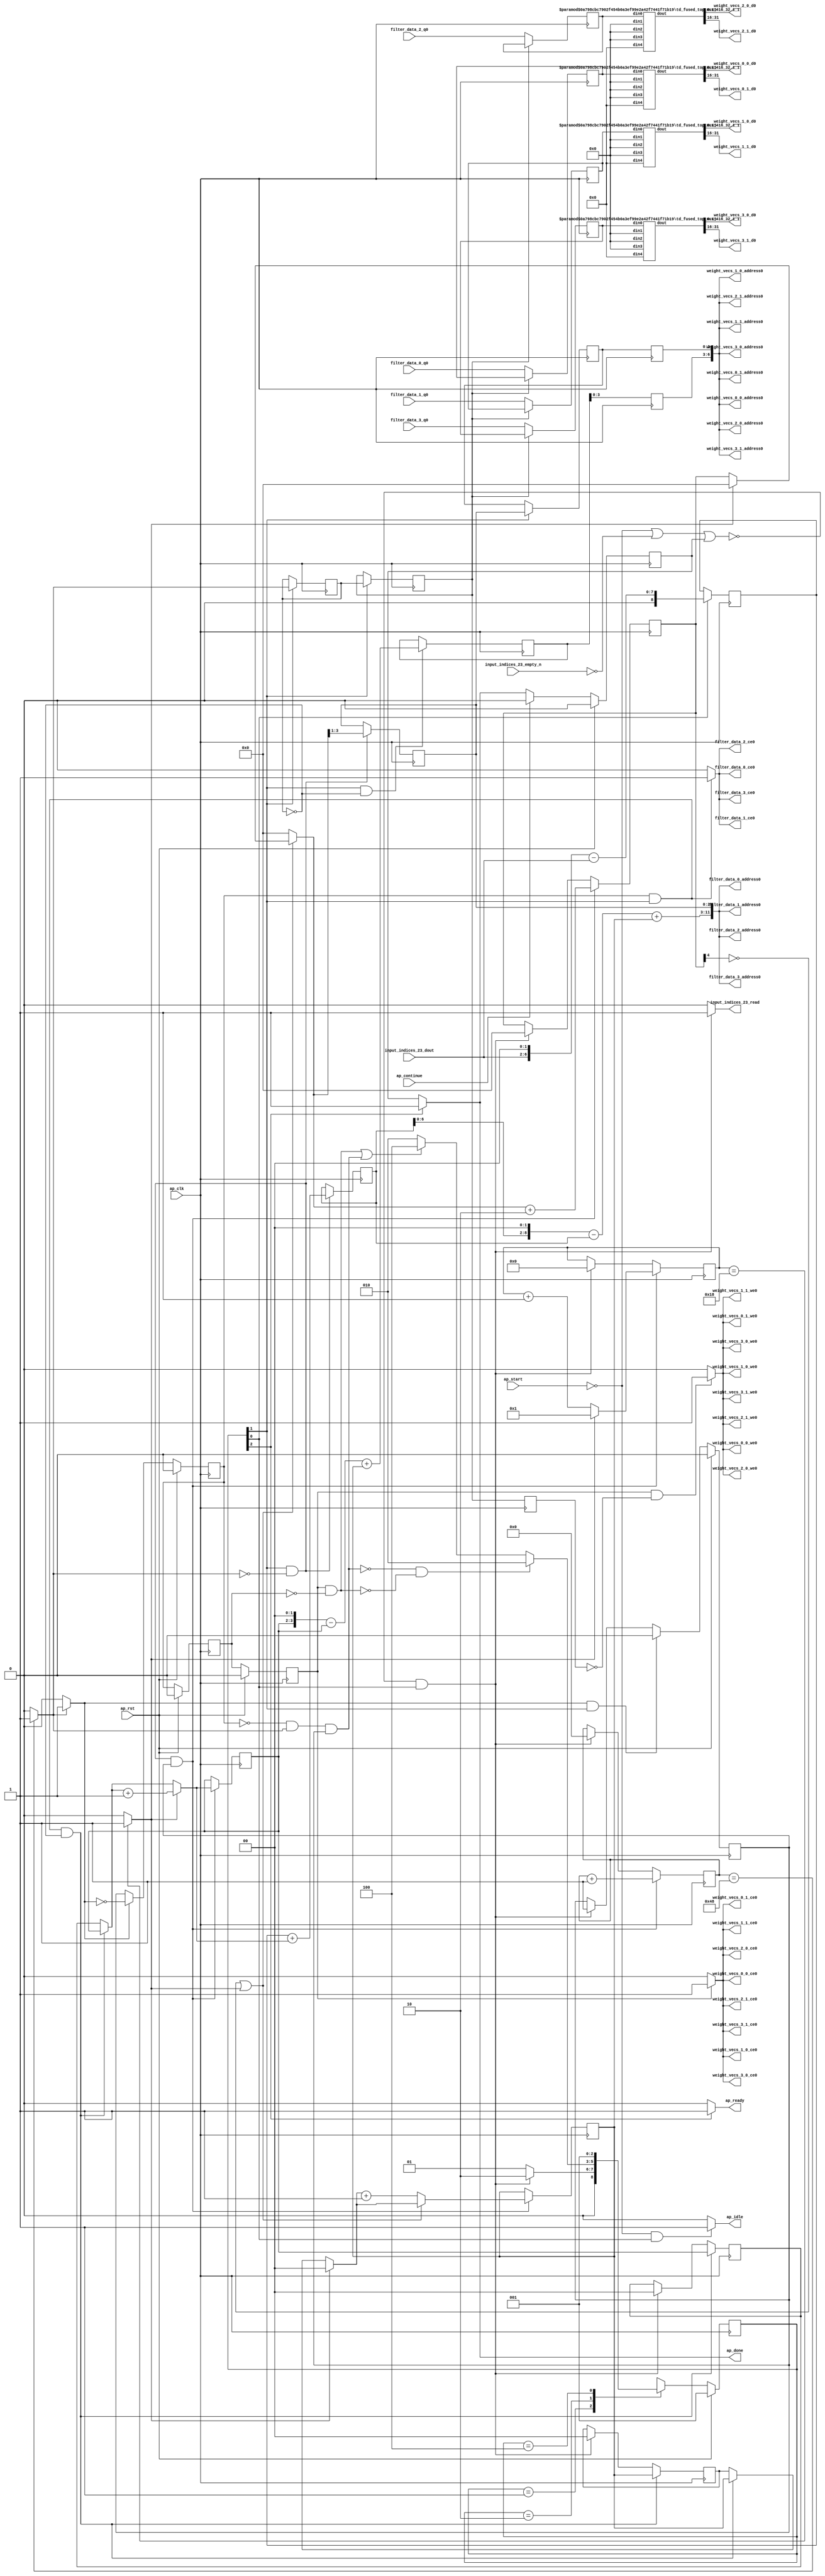
`define EXPONENT 5
`define MANTISSA 10
`define ACTUAL_MANTISSA 11
`define EXPONENT_LSB 10
`define EXPONENT_MSB 14
`define MANTISSA_LSB 0
`define MANTISSA_MSB 9
`define MANTISSA_MUL_SPLIT_LSB 3
`define MANTISSA_MUL_SPLIT_MSB 9
`define SIGN 1
`define SIGN_LOC 15
`define DWIDTH (`SIGN+`EXPONENT+`MANTISSA)
`define IEEE_COMPLIANCE 1

module td_fused_top_tdf5_readFilters41 (
        ap_clk,
        ap_rst,
        ap_start,
        ap_done,
        ap_continue,
        ap_idle,
        ap_ready,
        filter_data_0_address0,
        filter_data_0_ce0,
        filter_data_0_q0,
        filter_data_1_address0,
        filter_data_1_ce0,
        filter_data_1_q0,
        filter_data_2_address0,
        filter_data_2_ce0,
        filter_data_2_q0,
        filter_data_3_address0,
        filter_data_3_ce0,
        filter_data_3_q0,
        input_indices_23_dout,
        input_indices_23_empty_n,
        input_indices_23_read,
        weight_vecs_0_0_address0,
        weight_vecs_0_0_ce0,
        weight_vecs_0_0_we0,
        weight_vecs_0_0_d0,
        weight_vecs_0_1_address0,
        weight_vecs_0_1_ce0,
        weight_vecs_0_1_we0,
        weight_vecs_0_1_d0,
        weight_vecs_1_0_address0,
        weight_vecs_1_0_ce0,
        weight_vecs_1_0_we0,
        weight_vecs_1_0_d0,
        weight_vecs_1_1_address0,
        weight_vecs_1_1_ce0,
        weight_vecs_1_1_we0,
        weight_vecs_1_1_d0,
        weight_vecs_2_0_address0,
        weight_vecs_2_0_ce0,
        weight_vecs_2_0_we0,
        weight_vecs_2_0_d0,
        weight_vecs_2_1_address0,
        weight_vecs_2_1_ce0,
        weight_vecs_2_1_we0,
        weight_vecs_2_1_d0,
        weight_vecs_3_0_address0,
        weight_vecs_3_0_ce0,
        weight_vecs_3_0_we0,
        weight_vecs_3_0_d0,
        weight_vecs_3_1_address0,
        weight_vecs_3_1_ce0,
        weight_vecs_3_1_we0,
        weight_vecs_3_1_d0
);

parameter    ap_ST_fsm_state1 = 3'd1;
parameter    ap_ST_fsm_pp0_stage0 = 3'd2;
parameter    ap_ST_fsm_state6 = 3'd4;

input   ap_clk;
input   ap_rst;
input   ap_start;
output   ap_done;
input   ap_continue;
output   ap_idle;
output   ap_ready;
output  [11:0] filter_data_0_address0;
output   filter_data_0_ce0;
input  [31:0] filter_data_0_q0;
output  [11:0] filter_data_1_address0;
output   filter_data_1_ce0;
input  [31:0] filter_data_1_q0;
output  [11:0] filter_data_2_address0;
output   filter_data_2_ce0;
input  [31:0] filter_data_2_q0;
output  [11:0] filter_data_3_address0;
output   filter_data_3_ce0;
input  [31:0] filter_data_3_q0;
input  [4:0] input_indices_23_dout;
input   input_indices_23_empty_n;
output   input_indices_23_read;
output  [6:0] weight_vecs_0_0_address0;
output   weight_vecs_0_0_ce0;
output   weight_vecs_0_0_we0;
output  [15:0] weight_vecs_0_0_d0;
output  [6:0] weight_vecs_0_1_address0;
output   weight_vecs_0_1_ce0;
output   weight_vecs_0_1_we0;
output  [15:0] weight_vecs_0_1_d0;
output  [6:0] weight_vecs_1_0_address0;
output   weight_vecs_1_0_ce0;
output   weight_vecs_1_0_we0;
output  [15:0] weight_vecs_1_0_d0;
output  [6:0] weight_vecs_1_1_address0;
output   weight_vecs_1_1_ce0;
output   weight_vecs_1_1_we0;
output  [15:0] weight_vecs_1_1_d0;
output  [6:0] weight_vecs_2_0_address0;
output   weight_vecs_2_0_ce0;
output   weight_vecs_2_0_we0;
output  [15:0] weight_vecs_2_0_d0;
output  [6:0] weight_vecs_2_1_address0;
output   weight_vecs_2_1_ce0;
output   weight_vecs_2_1_we0;
output  [15:0] weight_vecs_2_1_d0;
output  [6:0] weight_vecs_3_0_address0;
output   weight_vecs_3_0_ce0;
output   weight_vecs_3_0_we0;
output  [15:0] weight_vecs_3_0_d0;
output  [6:0] weight_vecs_3_1_address0;
output   weight_vecs_3_1_ce0;
output   weight_vecs_3_1_we0;
output  [15:0] weight_vecs_3_1_d0;

reg ap_done;
reg ap_idle;
reg ap_ready;
reg filter_data_0_ce0;
reg filter_data_1_ce0;
reg filter_data_2_ce0;
reg filter_data_3_ce0;
reg input_indices_23_read;
reg weight_vecs_0_0_ce0;
reg weight_vecs_0_0_we0;
reg weight_vecs_0_1_ce0;
reg weight_vecs_0_1_we0;
reg weight_vecs_1_0_ce0;
reg weight_vecs_1_0_we0;
reg weight_vecs_1_1_ce0;
reg weight_vecs_1_1_we0;
reg weight_vecs_2_0_ce0;
reg weight_vecs_2_0_we0;
reg weight_vecs_2_1_ce0;
reg weight_vecs_2_1_we0;
reg weight_vecs_3_0_ce0;
reg weight_vecs_3_0_we0;
reg weight_vecs_3_1_ce0;
reg weight_vecs_3_1_we0;

reg    ap_done_reg;
  reg   [2:0] ap_CS_fsm;
wire    ap_CS_fsm_state1;
reg    input_indices_23_blk_n;
reg   [6:0] indvar_flatten13_reg_288;
reg   [1:0] ii_reg_299;
reg   [5:0] indvar_flatten_reg_310;
reg   [1:0] jj_reg_321;
reg   [4:0] kk_reg_332;
wire   [8:0] sext_ln47_fu_365_p1;
reg   [8:0] sext_ln47_reg_737;
wire   [6:0] add_ln47_3_fu_369_p2;
wire    ap_CS_fsm_pp0_stage0;
reg    ap_enable_reg_pp0_iter0;
wire    ap_block_state2_pp0_stage0_iter0;
wire    ap_block_state3_pp0_stage0_iter1;
wire    ap_block_state4_pp0_stage0_iter2;
wire    ap_block_state5_pp0_stage0_iter3;
wire    ap_block_pp0_stage0_11001;
wire   [0:0] icmp_ln47_fu_375_p2;
reg   [0:0] icmp_ln47_reg_747;
reg   [0:0] icmp_ln47_reg_747_pp0_iter1_reg;
reg   [0:0] icmp_ln47_reg_747_pp0_iter2_reg;
wire   [1:0] select_ln47_6_fu_409_p3;
reg   [1:0] select_ln47_6_reg_751;
wire   [8:0] add_ln55_fu_421_p2;
reg   [8:0] add_ln55_reg_758;
wire   [1:0] select_ln48_5_fu_460_p3;
reg   [1:0] select_ln48_5_reg_764;
reg   [2:0] lshr_ln_reg_771;
reg   [2:0] lshr_ln_reg_771_pp0_iter1_reg;
reg   [2:0] lshr_ln_reg_771_pp0_iter2_reg;
wire   [4:0] add_ln49_fu_478_p2;
wire   [5:0] select_ln48_6_fu_490_p3;
wire   [5:0] add_ln55_6_fu_554_p2;
reg   [5:0] add_ln55_6_reg_787;
reg   [5:0] add_ln55_6_reg_787_pp0_iter2_reg;
reg   [31:0] filter_data_0_load_reg_812;
reg   [31:0] filter_data_1_load_reg_817;
reg   [31:0] filter_data_2_load_reg_822;
reg   [31:0] filter_data_3_load_reg_827;
reg    ap_block_state1;
wire    ap_block_pp0_stage0_subdone;
reg    ap_condition_pp0_exit_iter0_state2;
reg    ap_enable_reg_pp0_iter1;
reg    ap_enable_reg_pp0_iter2;
reg    ap_enable_reg_pp0_iter3;
reg   [1:0] ap_phi_mux_ii_phi_fu_303_p4;
wire    ap_block_pp0_stage0;
reg   [1:0] ap_phi_mux_jj_phi_fu_325_p4;
wire   [63:0] tmp_27_fu_560_p3;
wire   [63:0] sext_ln55_6_fu_577_p1;
wire   [6:0] tmp_s_fu_347_p3;
wire   [7:0] zext_ln55_15_fu_355_p1;
wire   [7:0] zext_ln55_fu_343_p1;
wire   [7:0] sub_ln55_fu_359_p2;
wire   [0:0] icmp_ln48_fu_387_p2;
wire   [1:0] add_ln47_fu_381_p2;
wire   [8:0] zext_ln55_17_fu_417_p1;
wire   [0:0] tmp_41_fu_426_p3;
wire   [0:0] xor_ln49_fu_434_p2;
wire   [1:0] select_ln47_fu_393_p3;
wire   [0:0] or_ln47_fu_440_p2;
wire   [4:0] select_ln47_5_fu_401_p3;
wire   [1:0] add_ln48_fu_446_p2;
wire   [4:0] select_ln48_fu_452_p3;
wire   [5:0] add_ln48_3_fu_484_p2;
wire   [10:0] tmp_40_fu_504_p3;
wire   [60:0] sext_ln55_5_fu_511_p1;
wire   [60:0] sext_ln55_fu_501_p1;
wire   [3:0] tmp_26_fu_521_p3;
wire   [4:0] zext_ln55_18_fu_528_p1;
wire   [4:0] zext_ln55_16_fu_498_p1;
wire   [4:0] sub_ln55_6_fu_532_p2;
wire   [60:0] sub_ln55_5_fu_515_p2;
wire   [60:0] zext_ln55_20_fu_545_p1;
wire   [5:0] sext_ln48_fu_538_p1;
wire   [5:0] zext_ln55_19_fu_542_p1;
wire   [60:0] add_ln55_5_fu_548_p2;
wire   [8:0] tmp_42_fu_571_p3;
wire   [31:0] tmp_fu_589_p6;
wire   [15:0] trunc_ln55_fu_602_p1;
wire   [31:0] tmp_7_fu_611_p6;
wire   [15:0] trunc_ln55_7_fu_624_p1;
wire   [31:0] tmp_8_fu_633_p6;
wire   [15:0] trunc_ln55_8_fu_646_p1;
wire   [31:0] tmp_9_fu_655_p6;
wire   [15:0] trunc_ln55_9_fu_668_p1;
wire   [15:0] tmp_131_i_i_fu_677_p4;
wire   [15:0] tmp_133_i_i_fu_692_p4;
wire   [15:0] tmp_135_i_i_fu_707_p4;
wire   [15:0] tmp_137_i_i_fu_722_p4;
wire    ap_CS_fsm_state6;
reg   [2:0] ap_NS_fsm;
reg    ap_idle_pp0;
wire    ap_enable_pp0;
wire    ap_ce_reg;

// power-on initialization
initial begin
#0 ap_done_reg = 1'b0;
#0 ap_CS_fsm = 3'd1;
#0 ap_enable_reg_pp0_iter0 = 1'b0;
#0 ap_enable_reg_pp0_iter1 = 1'b0;
#0 ap_enable_reg_pp0_iter2 = 1'b0;
#0 ap_enable_reg_pp0_iter3 = 1'b0;
end

td_fused_top_mux_416_32_1_1 #(
    .ID( 1 ),
    .NUM_STAGE( 1 ),
    .din0_WIDTH( 32 ),
    .din1_WIDTH( 32 ),
    .din2_WIDTH( 32 ),
    .din3_WIDTH( 32 ),
    .din4_WIDTH( 16 ),
    .dout_WIDTH( 32 ))
mux_416_32_1_1_U735(
    .din0(filter_data_0_load_reg_812),
    .din1(32'd0),
    .din2(32'd0),
    .din3(32'd0),
    .din4(16'd0),
    .dout(tmp_fu_589_p6)
);

td_fused_top_mux_416_32_1_1 #(
    .ID( 1 ),
    .NUM_STAGE( 1 ),
    .din0_WIDTH( 32 ),
    .din1_WIDTH( 32 ),
    .din2_WIDTH( 32 ),
    .din3_WIDTH( 32 ),
    .din4_WIDTH( 16 ),
    .dout_WIDTH( 32 ))
mux_416_32_1_1_U736(
    .din0(filter_data_1_load_reg_817),
    .din1(32'd0),
    .din2(32'd0),
    .din3(32'd0),
    .din4(16'd0),
    .dout(tmp_7_fu_611_p6)
);

td_fused_top_mux_416_32_1_1 #(
    .ID( 1 ),
    .NUM_STAGE( 1 ),
    .din0_WIDTH( 32 ),
    .din1_WIDTH( 32 ),
    .din2_WIDTH( 32 ),
    .din3_WIDTH( 32 ),
    .din4_WIDTH( 16 ),
    .dout_WIDTH( 32 ))
mux_416_32_1_1_U737(
    .din0(filter_data_2_load_reg_822),
    .din1(32'd0),
    .din2(32'd0),
    .din3(32'd0),
    .din4(16'd0),
    .dout(tmp_8_fu_633_p6)
);

td_fused_top_mux_416_32_1_1 #(
    .ID( 1 ),
    .NUM_STAGE( 1 ),
    .din0_WIDTH( 32 ),
    .din1_WIDTH( 32 ),
    .din2_WIDTH( 32 ),
    .din3_WIDTH( 32 ),
    .din4_WIDTH( 16 ),
    .dout_WIDTH( 32 ))
mux_416_32_1_1_U738(
    .din0(filter_data_3_load_reg_827),
    .din1(32'd0),
    .din2(32'd0),
    .din3(32'd0),
    .din4(16'd0),
    .dout(tmp_9_fu_655_p6)
);

always @ (posedge ap_clk) begin
    if (ap_rst == 1'b1) begin
        ap_CS_fsm <= ap_ST_fsm_state1;
    end else begin
        ap_CS_fsm <= ap_NS_fsm;
    end
end

always @ (posedge ap_clk) begin
    if (ap_rst == 1'b1) begin
        ap_done_reg <= 1'b0;
    end else begin
        if ((ap_continue == 1'b1)) begin
            ap_done_reg <= 1'b0;
        end else if ((1'b1 == ap_CS_fsm_state6)) begin
            ap_done_reg <= 1'b1;
        end
    end
end

always @ (posedge ap_clk) begin
    if (ap_rst == 1'b1) begin
        ap_enable_reg_pp0_iter0 <= 1'b0;
    end else begin
        if (((1'b1 == ap_condition_pp0_exit_iter0_state2) & (1'b1 == ap_CS_fsm_pp0_stage0) & (1'b0 == ap_block_pp0_stage0_subdone))) begin
            ap_enable_reg_pp0_iter0 <= 1'b0;
        end else if ((~((ap_start == 1'b0) | (input_indices_23_empty_n == 1'b0) | (ap_done_reg == 1'b1)) & (1'b1 == ap_CS_fsm_state1))) begin
            ap_enable_reg_pp0_iter0 <= 1'b1;
        end
    end
end

always @ (posedge ap_clk) begin
    if (ap_rst == 1'b1) begin
        ap_enable_reg_pp0_iter1 <= 1'b0;
    end else begin
        if ((1'b0 == ap_block_pp0_stage0_subdone)) begin
            if ((1'b1 == ap_condition_pp0_exit_iter0_state2)) begin
                ap_enable_reg_pp0_iter1 <= (1'b1 ^ ap_condition_pp0_exit_iter0_state2);
            end else if ((1'b1 == 1'b1)) begin
                ap_enable_reg_pp0_iter1 <= ap_enable_reg_pp0_iter0;
            end
        end
    end
end

always @ (posedge ap_clk) begin
    if (ap_rst == 1'b1) begin
        ap_enable_reg_pp0_iter2 <= 1'b0;
    end else begin
        if ((1'b0 == ap_block_pp0_stage0_subdone)) begin
            ap_enable_reg_pp0_iter2 <= ap_enable_reg_pp0_iter1;
        end
    end
end

always @ (posedge ap_clk) begin
    if (ap_rst == 1'b1) begin
        ap_enable_reg_pp0_iter3 <= 1'b0;
    end else begin
        if ((1'b0 == ap_block_pp0_stage0_subdone)) begin
            ap_enable_reg_pp0_iter3 <= ap_enable_reg_pp0_iter2;
        end else if ((~((ap_start == 1'b0) | (input_indices_23_empty_n == 1'b0) | (ap_done_reg == 1'b1)) & (1'b1 == ap_CS_fsm_state1))) begin
            ap_enable_reg_pp0_iter3 <= 1'b0;
        end
    end
end

always @ (posedge ap_clk) begin
    if (((ap_enable_reg_pp0_iter1 == 1'b1) & (1'b1 == ap_CS_fsm_pp0_stage0) & (icmp_ln47_reg_747 == 1'd0) & (1'b0 == ap_block_pp0_stage0_11001))) begin
        ii_reg_299 <= select_ln47_6_reg_751;
    end else if ((~((ap_start == 1'b0) | (input_indices_23_empty_n == 1'b0) | (ap_done_reg == 1'b1)) & (1'b1 == ap_CS_fsm_state1))) begin
        ii_reg_299 <= 2'd0;
    end
end

always @ (posedge ap_clk) begin
    if (((1'b1 == ap_CS_fsm_pp0_stage0) & (icmp_ln47_fu_375_p2 == 1'd0) & (1'b0 == ap_block_pp0_stage0_11001) & (ap_enable_reg_pp0_iter0 == 1'b1))) begin
        indvar_flatten13_reg_288 <= add_ln47_3_fu_369_p2;
    end else if ((~((ap_start == 1'b0) | (input_indices_23_empty_n == 1'b0) | (ap_done_reg == 1'b1)) & (1'b1 == ap_CS_fsm_state1))) begin
        indvar_flatten13_reg_288 <= 7'd0;
    end
end

always @ (posedge ap_clk) begin
    if (((1'b1 == ap_CS_fsm_pp0_stage0) & (icmp_ln47_fu_375_p2 == 1'd0) & (1'b0 == ap_block_pp0_stage0_11001) & (ap_enable_reg_pp0_iter0 == 1'b1))) begin
        indvar_flatten_reg_310 <= select_ln48_6_fu_490_p3;
    end else if ((~((ap_start == 1'b0) | (input_indices_23_empty_n == 1'b0) | (ap_done_reg == 1'b1)) & (1'b1 == ap_CS_fsm_state1))) begin
        indvar_flatten_reg_310 <= 6'd0;
    end
end

always @ (posedge ap_clk) begin
    if (((ap_enable_reg_pp0_iter1 == 1'b1) & (1'b1 == ap_CS_fsm_pp0_stage0) & (icmp_ln47_reg_747 == 1'd0) & (1'b0 == ap_block_pp0_stage0_11001))) begin
        jj_reg_321 <= select_ln48_5_reg_764;
    end else if ((~((ap_start == 1'b0) | (input_indices_23_empty_n == 1'b0) | (ap_done_reg == 1'b1)) & (1'b1 == ap_CS_fsm_state1))) begin
        jj_reg_321 <= 2'd0;
    end
end

always @ (posedge ap_clk) begin
    if (((1'b1 == ap_CS_fsm_pp0_stage0) & (icmp_ln47_fu_375_p2 == 1'd0) & (1'b0 == ap_block_pp0_stage0_11001) & (ap_enable_reg_pp0_iter0 == 1'b1))) begin
        kk_reg_332 <= add_ln49_fu_478_p2;
    end else if ((~((ap_start == 1'b0) | (input_indices_23_empty_n == 1'b0) | (ap_done_reg == 1'b1)) & (1'b1 == ap_CS_fsm_state1))) begin
        kk_reg_332 <= 5'd0;
    end
end

always @ (posedge ap_clk) begin
    if (((1'b1 == ap_CS_fsm_pp0_stage0) & (icmp_ln47_reg_747 == 1'd0) & (1'b0 == ap_block_pp0_stage0_11001))) begin
        add_ln55_6_reg_787 <= add_ln55_6_fu_554_p2;
    end
end

always @ (posedge ap_clk) begin
    if ((1'b0 == ap_block_pp0_stage0_11001)) begin
        add_ln55_6_reg_787_pp0_iter2_reg <= add_ln55_6_reg_787;
        icmp_ln47_reg_747_pp0_iter2_reg <= icmp_ln47_reg_747_pp0_iter1_reg;
        lshr_ln_reg_771_pp0_iter2_reg <= lshr_ln_reg_771_pp0_iter1_reg;
    end
end

always @ (posedge ap_clk) begin
    if (((1'b1 == ap_CS_fsm_pp0_stage0) & (icmp_ln47_fu_375_p2 == 1'd0) & (1'b0 == ap_block_pp0_stage0_11001))) begin
        add_ln55_reg_758 <= add_ln55_fu_421_p2;
        lshr_ln_reg_771 <= {{select_ln48_fu_452_p3[3:1]}};
    end
end

always @ (posedge ap_clk) begin
    if (((icmp_ln47_reg_747_pp0_iter1_reg == 1'd0) & (1'b0 == ap_block_pp0_stage0_11001))) begin
        filter_data_0_load_reg_812 <= filter_data_0_q0;
        filter_data_1_load_reg_817 <= filter_data_1_q0;
        filter_data_2_load_reg_822 <= filter_data_2_q0;
        filter_data_3_load_reg_827 <= filter_data_3_q0;
    end
end

always @ (posedge ap_clk) begin
    if (((1'b1 == ap_CS_fsm_pp0_stage0) & (1'b0 == ap_block_pp0_stage0_11001))) begin
        icmp_ln47_reg_747 <= icmp_ln47_fu_375_p2;
        icmp_ln47_reg_747_pp0_iter1_reg <= icmp_ln47_reg_747;
        lshr_ln_reg_771_pp0_iter1_reg <= lshr_ln_reg_771;
    end
end

always @ (posedge ap_clk) begin
    if (((1'b1 == ap_CS_fsm_pp0_stage0) & (icmp_ln47_fu_375_p2 == 1'd0) & (1'b0 == ap_block_pp0_stage0_11001) & (ap_enable_reg_pp0_iter0 == 1'b1))) begin
        select_ln47_6_reg_751 <= select_ln47_6_fu_409_p3;
        select_ln48_5_reg_764 <= select_ln48_5_fu_460_p3;
    end
end

always @ (posedge ap_clk) begin
    if ((1'b1 == ap_CS_fsm_state1)) begin
        sext_ln47_reg_737 <= sext_ln47_fu_365_p1;
    end
end

always @ (*) begin
    if ((icmp_ln47_fu_375_p2 == 1'd1)) begin
        ap_condition_pp0_exit_iter0_state2 = 1'b1;
    end else begin
        ap_condition_pp0_exit_iter0_state2 = 1'b0;
    end
end

always @ (*) begin
    if ((1'b1 == ap_CS_fsm_state6)) begin
        ap_done = 1'b1;
    end else begin
        ap_done = ap_done_reg;
    end
end

always @ (*) begin
    if (((ap_start == 1'b0) & (1'b1 == ap_CS_fsm_state1))) begin
        ap_idle = 1'b1;
    end else begin
        ap_idle = 1'b0;
    end
end

always @ (*) begin
    if (((ap_enable_reg_pp0_iter3 == 1'b0) & (ap_enable_reg_pp0_iter2 == 1'b0) & (ap_enable_reg_pp0_iter1 == 1'b0) & (ap_enable_reg_pp0_iter0 == 1'b0))) begin
        ap_idle_pp0 = 1'b1;
    end else begin
        ap_idle_pp0 = 1'b0;
    end
end

always @ (*) begin
    if (((ap_enable_reg_pp0_iter1 == 1'b1) & (1'b1 == ap_CS_fsm_pp0_stage0) & (icmp_ln47_reg_747 == 1'd0) & (1'b0 == ap_block_pp0_stage0))) begin
        ap_phi_mux_ii_phi_fu_303_p4 = select_ln47_6_reg_751;
    end else begin
        ap_phi_mux_ii_phi_fu_303_p4 = ii_reg_299;
    end
end

always @ (*) begin
    if (((ap_enable_reg_pp0_iter1 == 1'b1) & (1'b1 == ap_CS_fsm_pp0_stage0) & (icmp_ln47_reg_747 == 1'd0) & (1'b0 == ap_block_pp0_stage0))) begin
        ap_phi_mux_jj_phi_fu_325_p4 = select_ln48_5_reg_764;
    end else begin
        ap_phi_mux_jj_phi_fu_325_p4 = jj_reg_321;
    end
end

always @ (*) begin
    if ((1'b1 == ap_CS_fsm_state6)) begin
        ap_ready = 1'b1;
    end else begin
        ap_ready = 1'b0;
    end
end

always @ (*) begin
    if (((ap_enable_reg_pp0_iter1 == 1'b1) & (1'b1 == ap_CS_fsm_pp0_stage0) & (1'b0 == ap_block_pp0_stage0_11001))) begin
        filter_data_0_ce0 = 1'b1;
    end else begin
        filter_data_0_ce0 = 1'b0;
    end
end

always @ (*) begin
    if (((ap_enable_reg_pp0_iter1 == 1'b1) & (1'b1 == ap_CS_fsm_pp0_stage0) & (1'b0 == ap_block_pp0_stage0_11001))) begin
        filter_data_1_ce0 = 1'b1;
    end else begin
        filter_data_1_ce0 = 1'b0;
    end
end

always @ (*) begin
    if (((ap_enable_reg_pp0_iter1 == 1'b1) & (1'b1 == ap_CS_fsm_pp0_stage0) & (1'b0 == ap_block_pp0_stage0_11001))) begin
        filter_data_2_ce0 = 1'b1;
    end else begin
        filter_data_2_ce0 = 1'b0;
    end
end

always @ (*) begin
    if (((ap_enable_reg_pp0_iter1 == 1'b1) & (1'b1 == ap_CS_fsm_pp0_stage0) & (1'b0 == ap_block_pp0_stage0_11001))) begin
        filter_data_3_ce0 = 1'b1;
    end else begin
        filter_data_3_ce0 = 1'b0;
    end
end

always @ (*) begin
    if ((~((ap_start == 1'b0) | (ap_done_reg == 1'b1)) & (1'b1 == ap_CS_fsm_state1))) begin
        input_indices_23_blk_n = input_indices_23_empty_n;
    end else begin
        input_indices_23_blk_n = 1'b1;
    end
end

always @ (*) begin
    if ((~((ap_start == 1'b0) | (input_indices_23_empty_n == 1'b0) | (ap_done_reg == 1'b1)) & (1'b1 == ap_CS_fsm_state1))) begin
        input_indices_23_read = 1'b1;
    end else begin
        input_indices_23_read = 1'b0;
    end
end

always @ (*) begin
    if (((ap_enable_reg_pp0_iter3 == 1'b1) & (1'b0 == ap_block_pp0_stage0_11001))) begin
        weight_vecs_0_0_ce0 = 1'b1;
    end else begin
        weight_vecs_0_0_ce0 = 1'b0;
    end
end

always @ (*) begin
    if (((ap_enable_reg_pp0_iter3 == 1'b1) & (icmp_ln47_reg_747_pp0_iter2_reg == 1'd0) & (1'b0 == ap_block_pp0_stage0_11001))) begin
        weight_vecs_0_0_we0 = 1'b1;
    end else begin
        weight_vecs_0_0_we0 = 1'b0;
    end
end

always @ (*) begin
    if (((ap_enable_reg_pp0_iter3 == 1'b1) & (1'b0 == ap_block_pp0_stage0_11001))) begin
        weight_vecs_0_1_ce0 = 1'b1;
    end else begin
        weight_vecs_0_1_ce0 = 1'b0;
    end
end

always @ (*) begin
    if (((ap_enable_reg_pp0_iter3 == 1'b1) & (icmp_ln47_reg_747_pp0_iter2_reg == 1'd0) & (1'b0 == ap_block_pp0_stage0_11001))) begin
        weight_vecs_0_1_we0 = 1'b1;
    end else begin
        weight_vecs_0_1_we0 = 1'b0;
    end
end

always @ (*) begin
    if (((ap_enable_reg_pp0_iter3 == 1'b1) & (1'b0 == ap_block_pp0_stage0_11001))) begin
        weight_vecs_1_0_ce0 = 1'b1;
    end else begin
        weight_vecs_1_0_ce0 = 1'b0;
    end
end

always @ (*) begin
    if (((ap_enable_reg_pp0_iter3 == 1'b1) & (icmp_ln47_reg_747_pp0_iter2_reg == 1'd0) & (1'b0 == ap_block_pp0_stage0_11001))) begin
        weight_vecs_1_0_we0 = 1'b1;
    end else begin
        weight_vecs_1_0_we0 = 1'b0;
    end
end

always @ (*) begin
    if (((ap_enable_reg_pp0_iter3 == 1'b1) & (1'b0 == ap_block_pp0_stage0_11001))) begin
        weight_vecs_1_1_ce0 = 1'b1;
    end else begin
        weight_vecs_1_1_ce0 = 1'b0;
    end
end

always @ (*) begin
    if (((ap_enable_reg_pp0_iter3 == 1'b1) & (icmp_ln47_reg_747_pp0_iter2_reg == 1'd0) & (1'b0 == ap_block_pp0_stage0_11001))) begin
        weight_vecs_1_1_we0 = 1'b1;
    end else begin
        weight_vecs_1_1_we0 = 1'b0;
    end
end

always @ (*) begin
    if (((ap_enable_reg_pp0_iter3 == 1'b1) & (1'b0 == ap_block_pp0_stage0_11001))) begin
        weight_vecs_2_0_ce0 = 1'b1;
    end else begin
        weight_vecs_2_0_ce0 = 1'b0;
    end
end

always @ (*) begin
    if (((ap_enable_reg_pp0_iter3 == 1'b1) & (icmp_ln47_reg_747_pp0_iter2_reg == 1'd0) & (1'b0 == ap_block_pp0_stage0_11001))) begin
        weight_vecs_2_0_we0 = 1'b1;
    end else begin
        weight_vecs_2_0_we0 = 1'b0;
    end
end

always @ (*) begin
    if (((ap_enable_reg_pp0_iter3 == 1'b1) & (1'b0 == ap_block_pp0_stage0_11001))) begin
        weight_vecs_2_1_ce0 = 1'b1;
    end else begin
        weight_vecs_2_1_ce0 = 1'b0;
    end
end

always @ (*) begin
    if (((ap_enable_reg_pp0_iter3 == 1'b1) & (icmp_ln47_reg_747_pp0_iter2_reg == 1'd0) & (1'b0 == ap_block_pp0_stage0_11001))) begin
        weight_vecs_2_1_we0 = 1'b1;
    end else begin
        weight_vecs_2_1_we0 = 1'b0;
    end
end

always @ (*) begin
    if (((ap_enable_reg_pp0_iter3 == 1'b1) & (1'b0 == ap_block_pp0_stage0_11001))) begin
        weight_vecs_3_0_ce0 = 1'b1;
    end else begin
        weight_vecs_3_0_ce0 = 1'b0;
    end
end

always @ (*) begin
    if (((ap_enable_reg_pp0_iter3 == 1'b1) & (icmp_ln47_reg_747_pp0_iter2_reg == 1'd0) & (1'b0 == ap_block_pp0_stage0_11001))) begin
        weight_vecs_3_0_we0 = 1'b1;
    end else begin
        weight_vecs_3_0_we0 = 1'b0;
    end
end

always @ (*) begin
    if (((ap_enable_reg_pp0_iter3 == 1'b1) & (1'b0 == ap_block_pp0_stage0_11001))) begin
        weight_vecs_3_1_ce0 = 1'b1;
    end else begin
        weight_vecs_3_1_ce0 = 1'b0;
    end
end

always @ (*) begin
    if (((ap_enable_reg_pp0_iter3 == 1'b1) & (icmp_ln47_reg_747_pp0_iter2_reg == 1'd0) & (1'b0 == ap_block_pp0_stage0_11001))) begin
        weight_vecs_3_1_we0 = 1'b1;
    end else begin
        weight_vecs_3_1_we0 = 1'b0;
    end
end

always @ (*) begin
    case (ap_CS_fsm)
        ap_ST_fsm_state1 : begin
            if ((~((ap_start == 1'b0) | (input_indices_23_empty_n == 1'b0) | (ap_done_reg == 1'b1)) & (1'b1 == ap_CS_fsm_state1))) begin
                ap_NS_fsm = ap_ST_fsm_pp0_stage0;
            end else begin
                ap_NS_fsm = ap_ST_fsm_state1;
            end
        end
        ap_ST_fsm_pp0_stage0 : begin
            if ((~((ap_enable_reg_pp0_iter1 == 1'b0) & (icmp_ln47_fu_375_p2 == 1'd1) & (1'b0 == ap_block_pp0_stage0_subdone) & (ap_enable_reg_pp0_iter0 == 1'b1)) & ~((ap_enable_reg_pp0_iter3 == 1'b1) & (ap_enable_reg_pp0_iter2 == 1'b0) & (1'b0 == ap_block_pp0_stage0_subdone)))) begin
                ap_NS_fsm = ap_ST_fsm_pp0_stage0;
            end else if ((((ap_enable_reg_pp0_iter3 == 1'b1) & (ap_enable_reg_pp0_iter2 == 1'b0) & (1'b0 == ap_block_pp0_stage0_subdone)) | ((ap_enable_reg_pp0_iter1 == 1'b0) & (icmp_ln47_fu_375_p2 == 1'd1) & (1'b0 == ap_block_pp0_stage0_subdone) & (ap_enable_reg_pp0_iter0 == 1'b1)))) begin
                ap_NS_fsm = ap_ST_fsm_state6;
            end else begin
                ap_NS_fsm = ap_ST_fsm_pp0_stage0;
            end
        end
        ap_ST_fsm_state6 : begin
            ap_NS_fsm = ap_ST_fsm_state1;
        end
        default : begin
            ap_NS_fsm = 'bx;
        end
    endcase
end

assign add_ln47_3_fu_369_p2 = (indvar_flatten13_reg_288 + 7'd1);

assign add_ln47_fu_381_p2 = (ap_phi_mux_ii_phi_fu_303_p4 + 2'd1);

assign add_ln48_3_fu_484_p2 = (indvar_flatten_reg_310 + 6'd1);

assign add_ln48_fu_446_p2 = (select_ln47_fu_393_p3 + 2'd1);

assign add_ln49_fu_478_p2 = (select_ln48_fu_452_p3 + 5'd2);

assign add_ln55_5_fu_548_p2 = (sub_ln55_5_fu_515_p2 + zext_ln55_20_fu_545_p1);

assign add_ln55_6_fu_554_p2 = ((sext_ln48_fu_538_p1) + (zext_ln55_19_fu_542_p1));

assign add_ln55_fu_421_p2 = ((sext_ln47_reg_737) + (zext_ln55_17_fu_417_p1));

assign ap_CS_fsm_pp0_stage0 = ap_CS_fsm[32'd1];

assign ap_CS_fsm_state1 = ap_CS_fsm[32'd0];

assign ap_CS_fsm_state6 = ap_CS_fsm[32'd2];

assign ap_block_pp0_stage0 = ~(1'b1 == 1'b1);

assign ap_block_pp0_stage0_11001 = ~(1'b1 == 1'b1);

assign ap_block_pp0_stage0_subdone = ~(1'b1 == 1'b1);

always @ (*) begin
    ap_block_state1 = ((ap_start == 1'b0) | (input_indices_23_empty_n == 1'b0) | (ap_done_reg == 1'b1));
end

assign ap_block_state2_pp0_stage0_iter0 = ~(1'b1 == 1'b1);

assign ap_block_state3_pp0_stage0_iter1 = ~(1'b1 == 1'b1);

assign ap_block_state4_pp0_stage0_iter2 = ~(1'b1 == 1'b1);

assign ap_block_state5_pp0_stage0_iter3 = ~(1'b1 == 1'b1);

assign ap_enable_pp0 = (ap_idle_pp0 ^ 1'b1);

assign filter_data_0_address0 = tmp_27_fu_560_p3;

assign filter_data_1_address0 = tmp_27_fu_560_p3;

assign filter_data_2_address0 = tmp_27_fu_560_p3;

assign filter_data_3_address0 = tmp_27_fu_560_p3;

assign icmp_ln47_fu_375_p2 = ((indvar_flatten13_reg_288 == 7'd72) ? 1'b1 : 1'b0);

assign icmp_ln48_fu_387_p2 = ((indvar_flatten_reg_310 == 6'd24) ? 1'b1 : 1'b0);

assign or_ln47_fu_440_p2 = (xor_ln49_fu_434_p2 | icmp_ln48_fu_387_p2);

assign select_ln47_5_fu_401_p3 = ((icmp_ln48_fu_387_p2[0:0] == 1'b1) ? 5'd0 : kk_reg_332);

assign select_ln47_6_fu_409_p3 = ((icmp_ln48_fu_387_p2[0:0] == 1'b1) ? add_ln47_fu_381_p2 : ap_phi_mux_ii_phi_fu_303_p4);

assign select_ln47_fu_393_p3 = ((icmp_ln48_fu_387_p2[0:0] == 1'b1) ? 2'd0 : ap_phi_mux_jj_phi_fu_325_p4);

assign select_ln48_5_fu_460_p3 = ((or_ln47_fu_440_p2[0:0] == 1'b1) ? select_ln47_fu_393_p3 : add_ln48_fu_446_p2);

assign select_ln48_6_fu_490_p3 = ((icmp_ln48_fu_387_p2[0:0] == 1'b1) ? 6'd1 : add_ln48_3_fu_484_p2);

assign select_ln48_fu_452_p3 = ((or_ln47_fu_440_p2[0:0] == 1'b1) ? select_ln47_5_fu_401_p3 : 5'd0);

assign sext_ln47_fu_365_p1 = (sub_ln55_fu_359_p2);

assign sext_ln48_fu_538_p1 = (sub_ln55_6_fu_532_p2);

assign sext_ln55_5_fu_511_p1 = (tmp_40_fu_504_p3);

assign sext_ln55_6_fu_577_p1 = (tmp_42_fu_571_p3);

assign sext_ln55_fu_501_p1 = add_ln55_reg_758;

assign sub_ln55_5_fu_515_p2 = ((sext_ln55_5_fu_511_p1) - (sext_ln55_fu_501_p1));

assign sub_ln55_6_fu_532_p2 = (zext_ln55_18_fu_528_p1 - zext_ln55_16_fu_498_p1);

assign sub_ln55_fu_359_p2 = (zext_ln55_15_fu_355_p1 - zext_ln55_fu_343_p1);

assign tmp_131_i_i_fu_677_p4 = {{tmp_fu_589_p6[31:16]}};

assign tmp_133_i_i_fu_692_p4 = {{tmp_7_fu_611_p6[31:16]}};

assign tmp_135_i_i_fu_707_p4 = {{tmp_8_fu_633_p6[31:16]}};

assign tmp_137_i_i_fu_722_p4 = {{tmp_9_fu_655_p6[31:16]}};

assign tmp_26_fu_521_p3 = {{select_ln47_6_reg_751}, {2'd0}};

assign tmp_27_fu_560_p3 = {{add_ln55_5_fu_548_p2}, {lshr_ln_reg_771}};

assign tmp_40_fu_504_p3 = {{add_ln55_reg_758}, {2'd0}};

assign tmp_41_fu_426_p3 = kk_reg_332[32'd4];

assign tmp_42_fu_571_p3 = {{add_ln55_6_reg_787_pp0_iter2_reg}, {lshr_ln_reg_771_pp0_iter2_reg}};

assign tmp_s_fu_347_p3 = {{input_indices_23_dout}, {2'd0}};

assign trunc_ln55_7_fu_624_p1 = tmp_7_fu_611_p6[15:0];

assign trunc_ln55_8_fu_646_p1 = tmp_8_fu_633_p6[15:0];

assign trunc_ln55_9_fu_668_p1 = tmp_9_fu_655_p6[15:0];

assign trunc_ln55_fu_602_p1 = tmp_fu_589_p6[15:0];

assign weight_vecs_0_0_address0 = sext_ln55_6_fu_577_p1;

assign weight_vecs_0_0_d0 = trunc_ln55_fu_602_p1;

assign weight_vecs_0_1_address0 = sext_ln55_6_fu_577_p1;

assign weight_vecs_0_1_d0 = tmp_131_i_i_fu_677_p4;

assign weight_vecs_1_0_address0 = sext_ln55_6_fu_577_p1;

assign weight_vecs_1_0_d0 = trunc_ln55_7_fu_624_p1;

assign weight_vecs_1_1_address0 = sext_ln55_6_fu_577_p1;

assign weight_vecs_1_1_d0 = tmp_133_i_i_fu_692_p4;

assign weight_vecs_2_0_address0 = sext_ln55_6_fu_577_p1;

assign weight_vecs_2_0_d0 = trunc_ln55_8_fu_646_p1;

assign weight_vecs_2_1_address0 = sext_ln55_6_fu_577_p1;

assign weight_vecs_2_1_d0 = tmp_135_i_i_fu_707_p4;

assign weight_vecs_3_0_address0 = sext_ln55_6_fu_577_p1;

assign weight_vecs_3_0_d0 = trunc_ln55_9_fu_668_p1;

assign weight_vecs_3_1_address0 = sext_ln55_6_fu_577_p1;

assign weight_vecs_3_1_d0 = tmp_137_i_i_fu_722_p4;

assign xor_ln49_fu_434_p2 = (tmp_41_fu_426_p3 ^ 1'd1);

assign zext_ln55_15_fu_355_p1 = tmp_s_fu_347_p3;

assign zext_ln55_16_fu_498_p1 = select_ln47_6_reg_751;

assign zext_ln55_17_fu_417_p1 = select_ln47_6_fu_409_p3;

assign zext_ln55_18_fu_528_p1 = tmp_26_fu_521_p3;

assign zext_ln55_19_fu_542_p1 = select_ln48_5_reg_764;

assign zext_ln55_20_fu_545_p1 = select_ln48_5_reg_764;

assign zext_ln55_fu_343_p1 = input_indices_23_dout;

endmodule //td_fused_top_tdf5_readFilters41

module td_fused_top_mux_416_32_1_1 #(
parameter
    ID                = 0,
    NUM_STAGE         = 1,
    din0_WIDTH       = 32,
    din1_WIDTH       = 32,
    din2_WIDTH       = 32,
    din3_WIDTH       = 32,
    din4_WIDTH         = 32,
    dout_WIDTH            = 32
)(
    input  [31 : 0]     din0,
    input  [31 : 0]     din1,
    input  [31 : 0]     din2,
    input  [31 : 0]     din3,
    input  [15 : 0]    din4,
    output [31 : 0]   dout);

// puts internal signals
wire [15 : 0]     sel;
// level 1 signals
wire [31 : 0]         mux_1_0;
wire [31 : 0]         mux_1_1;
// level 2 signals
wire [31 : 0]         mux_2_0;
// level 3 signals
wire [31 : 0]         mux_3_0;
// level 4 signals
wire [31 : 0]         mux_4_0;
// level 5 signals
wire [31 : 0]         mux_5_0;
// level 6 signals
wire [31 : 0]         mux_6_0;
// level 7 signals
wire [31 : 0]         mux_7_0;
// level 8 signals
wire [31 : 0]         mux_8_0;
// level 9 signals
wire [31 : 0]         mux_9_0;
// level 10 signals
wire [31 : 0]         mux_10_0;
// level 11 signals
wire [31 : 0]         mux_11_0;
// level 12 signals
wire [31 : 0]         mux_12_0;
// level 13 signals
wire [31 : 0]         mux_13_0;
// level 14 signals
wire [31 : 0]         mux_14_0;
// level 15 signals
wire [31 : 0]         mux_15_0;
// level 16 signals
wire [31 : 0]         mux_16_0;

assign sel = din4;

// Generate level 1 logic
assign mux_1_0 = (sel[0] == 0)? din0 : din1;
assign mux_1_1 = (sel[0] == 0)? din2 : din3;

// Generate level 2 logic
assign mux_2_0 = (sel[1] == 0)? mux_1_0 : mux_1_1;

// Generate level 3 logic
assign mux_3_0 = mux_2_0;

// Generate level 4 logic
assign mux_4_0 = mux_3_0;

// Generate level 5 logic
assign mux_5_0 = mux_4_0;

// Generate level 6 logic
assign mux_6_0 = mux_5_0;

// Generate level 7 logic
assign mux_7_0 = mux_6_0;

// Generate level 8 logic
assign mux_8_0 = mux_7_0;

// Generate level 9 logic
assign mux_9_0 = mux_8_0;

// Generate level 10 logic
assign mux_10_0 = mux_9_0;

// Generate level 11 logic
assign mux_11_0 = mux_10_0;

// Generate level 12 logic
assign mux_12_0 = mux_11_0;

// Generate level 13 logic
assign mux_13_0 = mux_12_0;

// Generate level 14 logic
assign mux_14_0 = mux_13_0;

// Generate level 15 logic
assign mux_15_0 = mux_14_0;

// Generate level 16 logic
assign mux_16_0 = mux_15_0;

// output logic
assign dout = mux_16_0;

endmodule